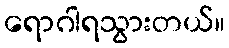
ရောဂါရသွားတယ်။